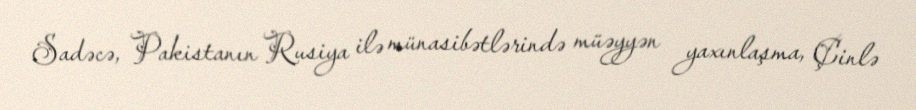
Sadəcə, Pakistanın Rusiya ilə münasibətlərində müəyyən yaxınlaşma, Çinlə